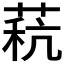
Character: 𰱧